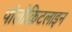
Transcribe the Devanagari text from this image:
पॉलीक्रिटलाइन